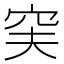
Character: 𥥂